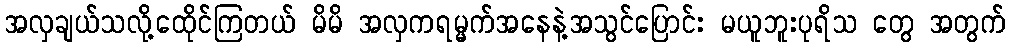
အလှချယ်သလို့ထေိုင်ကြတယ် မိမိ အလှကရမ္မက်အနေနဲ့အသွင်ပြောင်း မယူဘူးပုရိသ တွေ အတွက်